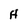
Character: H